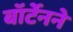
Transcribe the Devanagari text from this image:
बॉर्टेनने